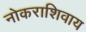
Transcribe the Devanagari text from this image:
नोकराशिवाय